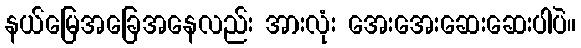
နယ်မြေအခြေအနေလည်း အားလုံး အေးအေးဆေးဆေးပါပဲ။